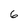
Character: 6